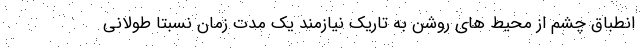
انطباق چشم از محیط های روشن به تاریک نیازمند یک مدت زمان نسبتاً طولانی